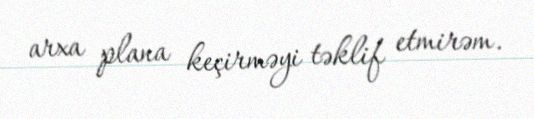
arxa plana keçirməyi təklif etmirəm.